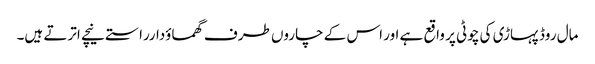
مال روڈ پہاڑی کی چوٹی پر واقع ہے اور اس کے چاروں طرف گھماوٴدارراستے نیچے اترتے ہیں۔